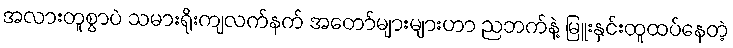
အလားတူစွာပဲ သမားရိုးကျလက်နက် အတော်များများဟာ ညဘက်နဲ့ မြူးနှင်းထူထပ်နေတဲ့